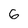
Character: 6